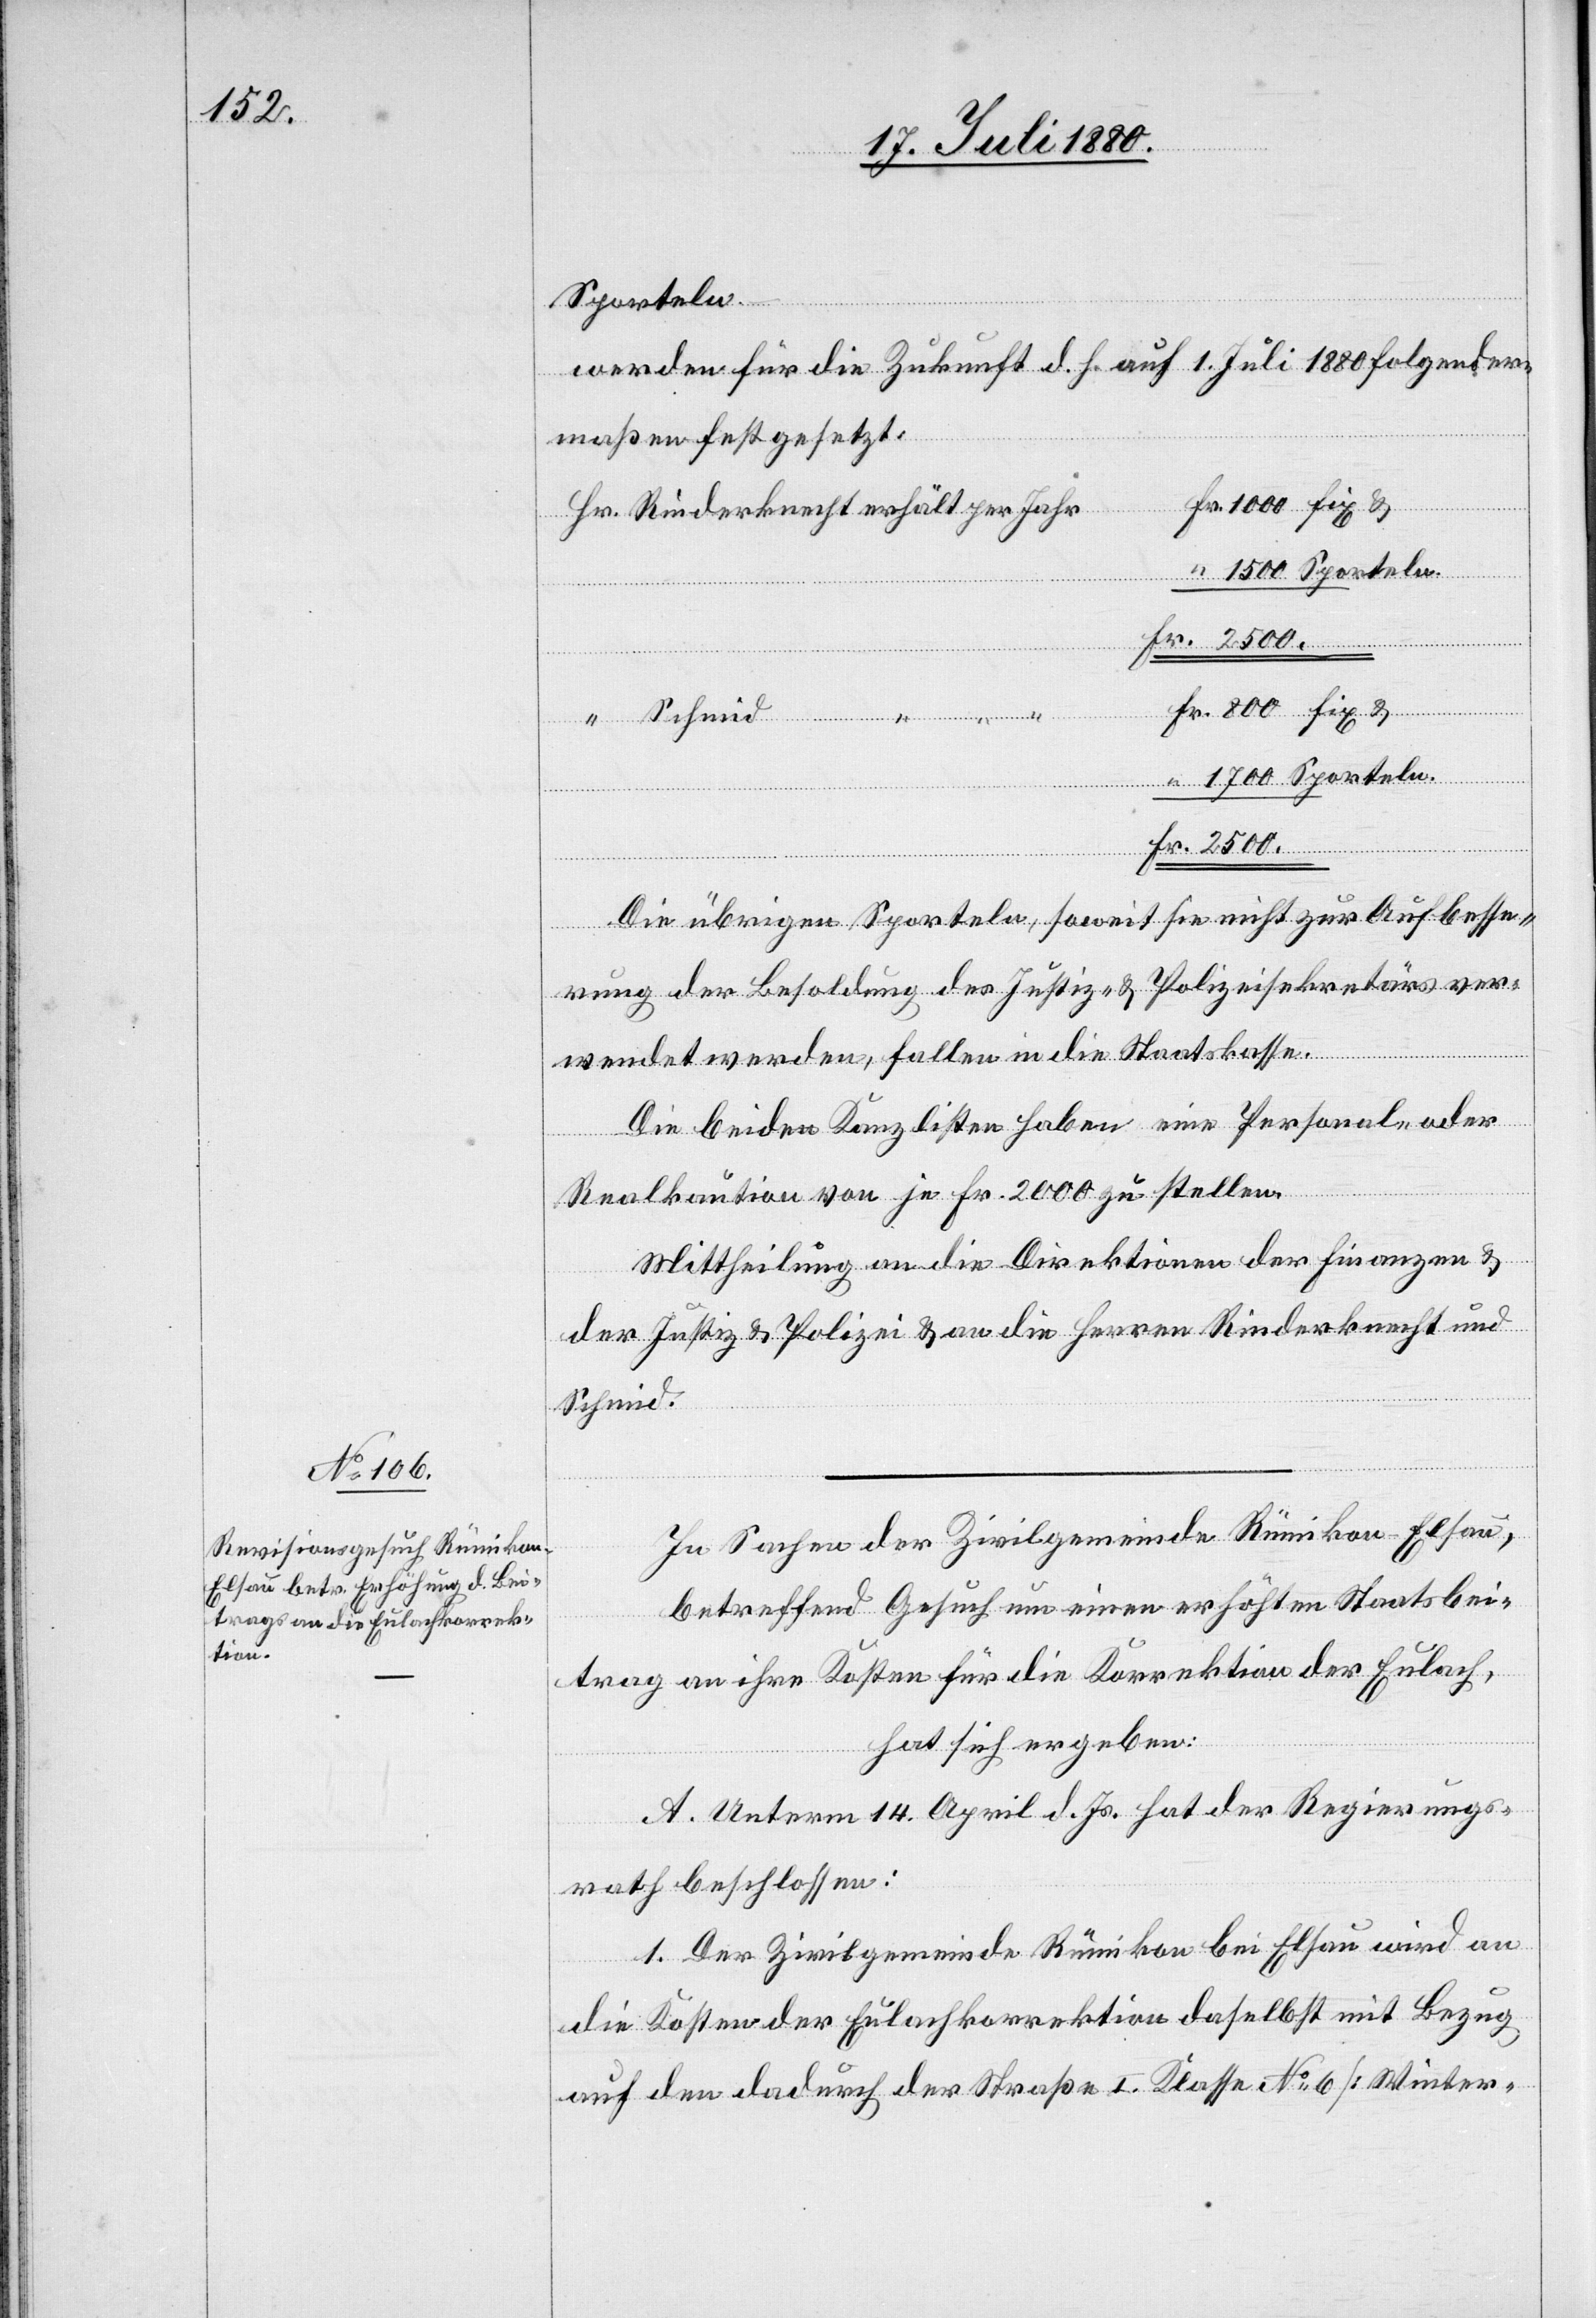
Sporteln.
werden für die Zukunft d. h. auf 1. Juli 1880 folgender¬
maßen festgesetzt:
Fr.
2500.
“
Jahr
Die übrigen Sporteln, soweit sie nicht zur Aufbesse¬
rung der Besoldung des Justiz- & Polizeisekretärs ver¬
wendet werden, fallen in die Staatskasse.
Die beiden Kanzlisten haben eine Personal- oder
Realkaution von je Fr. 2000 zu stellen.
Mittheilung an die Direktion der Finanzen &
der Justiz & Polizei & an die Herren Rinderknecht und
Schmid.
In Sachen der Zivilgemeinde Rümikon - Elsau,
betreffend Gesuch um einen erhöhten Staatsbei¬
trag an ihre Kosten für die Korrektion der Eulach,
hat sich ergeben:
A. Unterm 14. April d. Js. hat der Regierungs¬
rath beschlossen:
1. Der Zivilgemeinde Rümikon bei Elsau wir an
die Kosten der Eulachkorrektion daselbst mit Bezug
auf den dadurch der Straße I. Klasse No 6 [Winter-